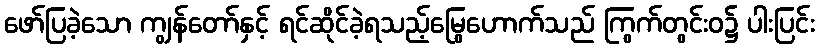
ဖော်ပြခဲ့သော ကျွန်တော်နှင့် ရင်ဆိုင်ခဲ့ရသည့်မြွေဟောက်သည် ကြွက်တွင်းဝ၌ ပါးပြင်း